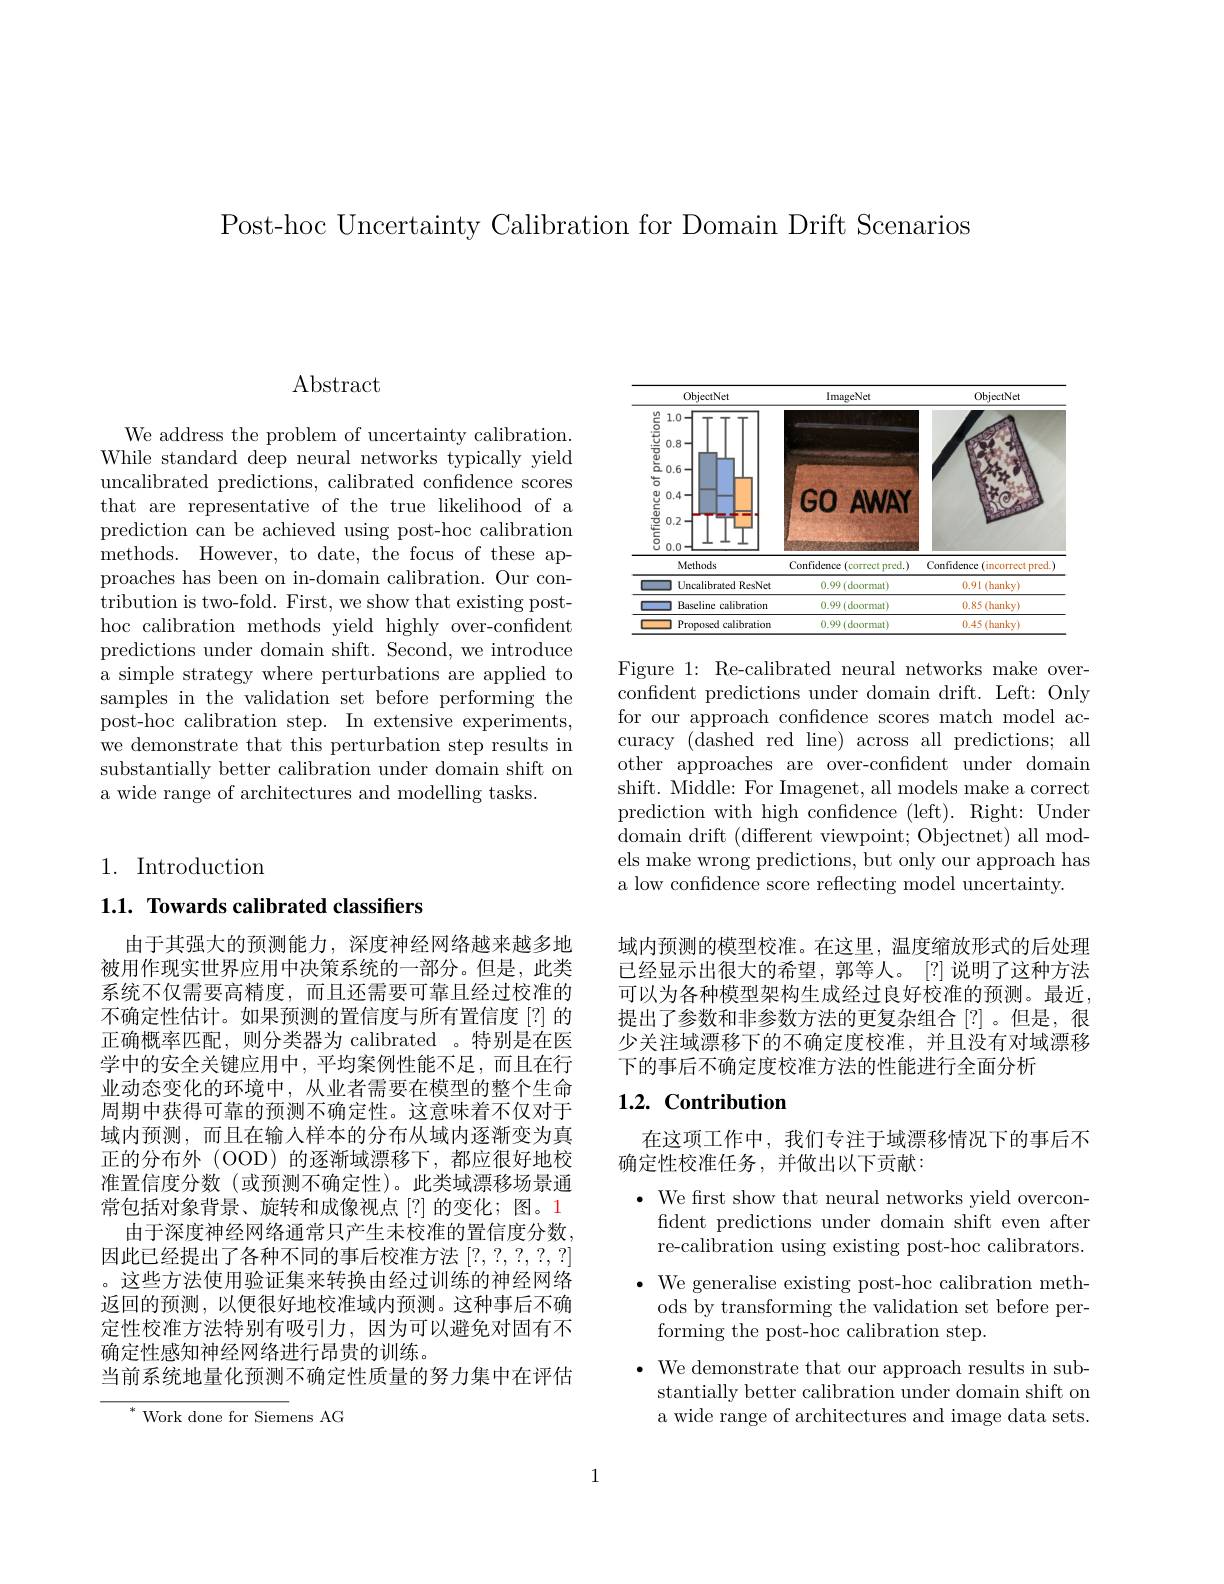
Post-hoc Uncertainty Calibration for Domain Drift Scenarios

# $\operatorname{Abstract}$

We address the problem of uncertainty calibration. While standard deep neural networks typically yield uncalibrated predictions, calibrated confidence scores that are representative of the true likelihood of a prediction can be achieved using post-hoc calibration ${\mathrm{methods.~However,~to~date,~the~focus~of~these~ap-}}$ proaches has been on in-domain calibration. Our contribution is two-fold. First, we show that existing posthoc calibration methods yield highly over-confident predictions under domain shift. Second, we introduce a simple strategy where perturbations are applied to samples in the validation set before performing the post-hoc calibration step. In extensive experiments, we demonstrate that this perturbation step results in substantially better calibration under domain shift on a wide range of architectures and modelling tasks.

# 1. Introduction

## 1.1. Towards calibrated classifiers

由于其强大的预测能力，深度神经网络越来越多地被用作现实世界应用中决策系统的一部分。但是，此类系统不仅需要高精度，而且还需要可靠且经过校准的不确定性估计。如果预测的置信度与所有置信度[?]的正确概率匹配，则分类器为 calibrated 。特别是在医学中的安全关键应用中，平均案例性能不足，而且在行业动态变化的环境中，从业者需要在模型的整个生命周期中获得可靠的预测不确定性。这意味着不仅对于域内预测，而且在输人样本的分布从域内逐渐变为真正的分布外(OOD)的逐渐域漂移下，都应很好地校准置信度分数(或预测不确定性)。此类域漂移场景通常包括对象背景、旋转和成像视点[?]的变化；图。1
由于深度神经网络通常只产生未校准的置信度分数。因此已经提出了各种不同的事后校准方法[?,?,?,?,?] 。这些方法使用验证集来转换由经过训练的神经网络返回的预测，以便很好地校准域内预测。这种事后不确定性校准方法特别有吸引力，因为可以避免对固有不确定性感知神经网络进行昂贵的训练。
当前系统地量化预测不确定性质量的努力集中在评估

$^*$ Work done for Siemens AG

<FigureHere>

Figure 1: Re-calibrated neural networks make overconfident predictions under domain drift. Left: Only for our approach confdence scores match model accuracy (dashed red line) across all predictions; all other approaches are over-confident under domain shift. Middle: For Imagenet, all models make a correct prediction with high confidence (left). Right: Under ${\mathrm{domain~drift~(different~viewpoint;~Objectnet)~all~mod-}}$ els make wrong predictions, but only our approach has a low confidence score reflecting model uncertainty.

域内预测的模型校准。在这里，温度缩放形式的后处理已经显示出很大的希望，郭等人。[?]说明了这种方法可以为各种模型架构生成经过良好校准的预测。最近， 提出了参数和非参数方法的更复杂组合[?]。但是，很少关注域漂移下的不确定度校准，并且没有对域漂移下的事后不确定度校准方法的性能进行全面分析

## 1.2. Contribution

在这项工作中，我们专注于域漂移情况下的事后不
确定性校准任务，并做出以下贡献：

$\bullet$ We frst show that neural networks yield overcon-
fident predictions under domain shift even after re-calibration using existing post-hoc calibrators.
$\bullet$ We generalise existing post-hoc calibration meth-
ods by transforming the validation set before per-
forming the post-hoc calibration step.
$\bullet$ We demonstrate that our approach results in sub-
stantially better calibration under domain shift on a wide range of architectures and image data sets.

1